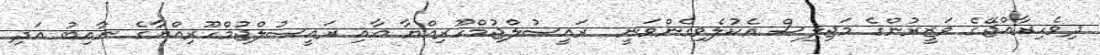
ދިވެހިރާއްޖޭގެ ވަޒީރުންގެ މަޖިލިސް އެކުލެވިގެންވަނީ  ރައީސުލްޖުމްހޫރިއްޔާ އާއި ރައީސުލްޖުމްހޫރިއްޔާގެ ނާއިބު އަދި